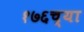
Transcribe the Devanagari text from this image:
१७६च्या